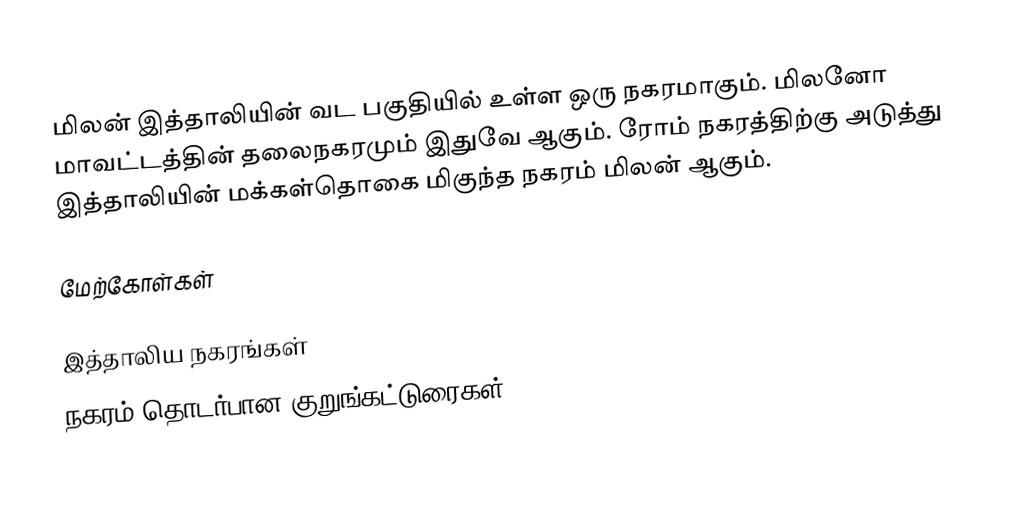
மிலன் இத்தாலியின் வட பகுதியில் உள்ள ஒரு நகரமாகும். மிலனோ மாவட்டத்தின் தலைநகரமும் இதுவே ஆகும். ரோம் நகரத்திற்கு அடுத்து இத்தாலியின் மக்கள்தொகை மிகுந்த நகரம் மிலன் ஆகும்.

மேற்கோள்கள்

இத்தாலிய நகரங்கள்
நகரம் தொடர்பான குறுங்கட்டுரைகள்